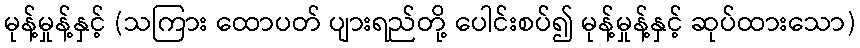
မုန့်မှုန့်နှင့် (သကြား ထောပတ် ပျားရည်တို့ ပေါင်းစပ်၍ မုန့်မှုန့်နှင့် ဆုပ်ထားသော)